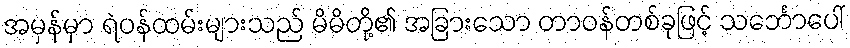
အမှန်မှာ ရဲဝန်ထမ်းများသည် မိမိတို့၏ အခြားသော တာဝန်တစ်ခုဖြင့် သင်္ဘောပေါ်